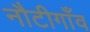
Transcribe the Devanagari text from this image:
नौटीगाँव